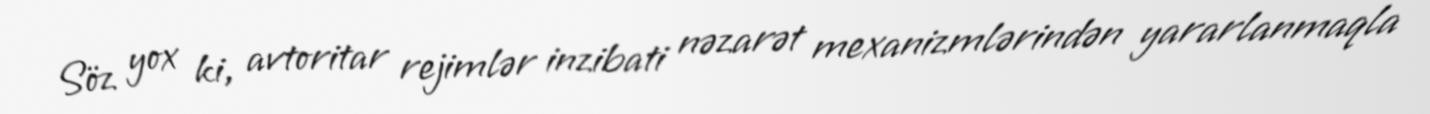
Söz yox ki, avtoritar rejimlər inzibati nəzarət mexanizmlərindən yararlanmaqla